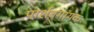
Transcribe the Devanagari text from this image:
पार्शवगायक